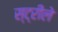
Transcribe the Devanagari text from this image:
स्ट्रीले